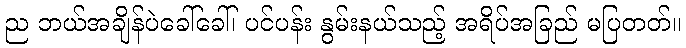
ည ဘယ်အချိန်ပဲခေါ်ခေါ်၊ ပင်ပန်း နွမ်းနယ်သည့် အရိပ်အခြည် မပြတတ်။